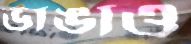
ভাঙাও